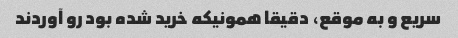
سریع و به موقع، دقیقا همونیکه خرید شده بود رو آوردند